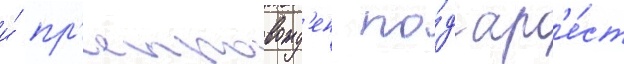
и́ пр'епровожд'ен по́д ар'е́ст